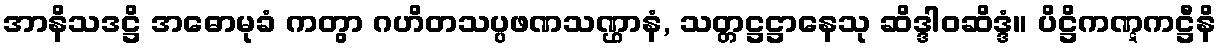
အာနိသဒဋ္ဌိ အဓောမုခံ ကတွာ ဂဟိတသပ္ပဖဏသဏ္ဌာနံ, သတ္တဋ္ဌဋ္ဌာနေသု ဆိဒ္ဒါဝဆိဒ္ဒံ။ ပိဋ္ဌိကဏ္ဋကဋ္ဌီနိ